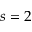
s = 2